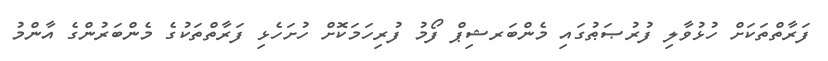
ފަރާތްތަކަށް ހުޅުވާލި ފުރުޞަޠުގައި މެންބަރޝިޕް ފޯމު ފުރިހަމަކޮށް ހުށަހެޅި ފަރާތްތަކުގެ މެންބަރުންގެ އާންމު